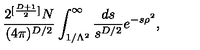
\frac { 2 ^ { [ \frac { D + 1 } { 2 } ] } N } { ( 4 \pi ) ^ { D / 2 } } \int _ { 1 / \Lambda ^ { 2 } } ^ { \infty } \frac { d s } { s ^ { D / 2 } } e ^ { - s \rho ^ { 2 } } ,